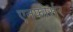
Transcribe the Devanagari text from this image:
एनफोर्सर